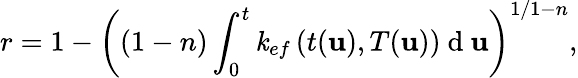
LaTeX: r=1-\left((1-n)\int_{0}^{t}\mathit{k}_{ef}\left(t(\mathbf{u}),T(\mathbf{u})\right)\mathrm{{~d~}}\mathbf{u}\right)^{1/1-n},